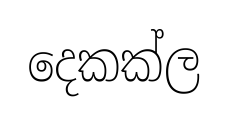
දෙකක්ල